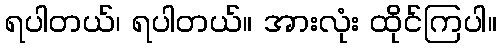
ရပါတယ်၊ ရပါတယ်။ အားလုံး ထိုင်ကြပါ။